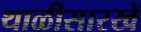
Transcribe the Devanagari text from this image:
थाळीसारखे